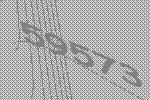
59573